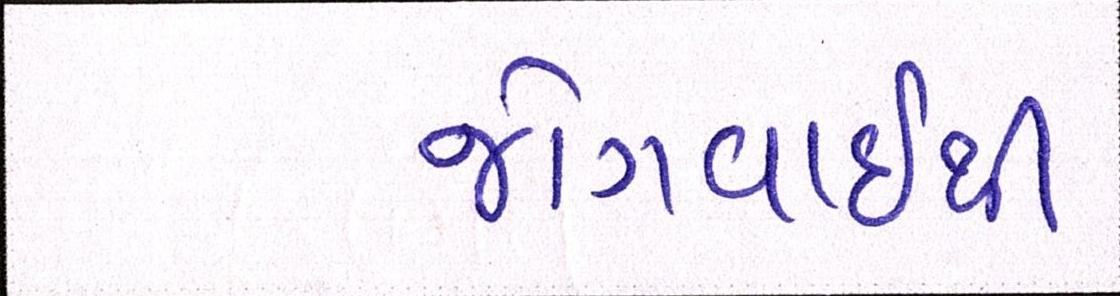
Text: જોગવાઈથી